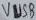
Text: VUSB